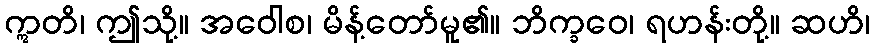
ဣတိ၊ ဤသို့။ အဝေါစ၊ မိန့်တော်မူ၏။ ဘိက္ခဝေ၊ ရဟန်းတို့။ ဆဟိ၊